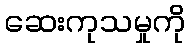
ဆေးကုသမှုကို